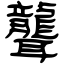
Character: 聾